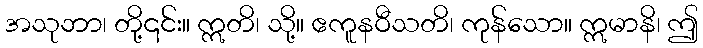
အသုဘာ၊ တို့၎င်း။ ဣတိ၊ သို့။ ဧကူနဝီသတိ၊ ကုန်သော။ ဣမာနိ၊ ဤ